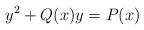
LaTeX: \begin{align*} y^2+Q(x)y=P(x) \end{align*}